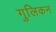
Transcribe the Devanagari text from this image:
गुलिकन